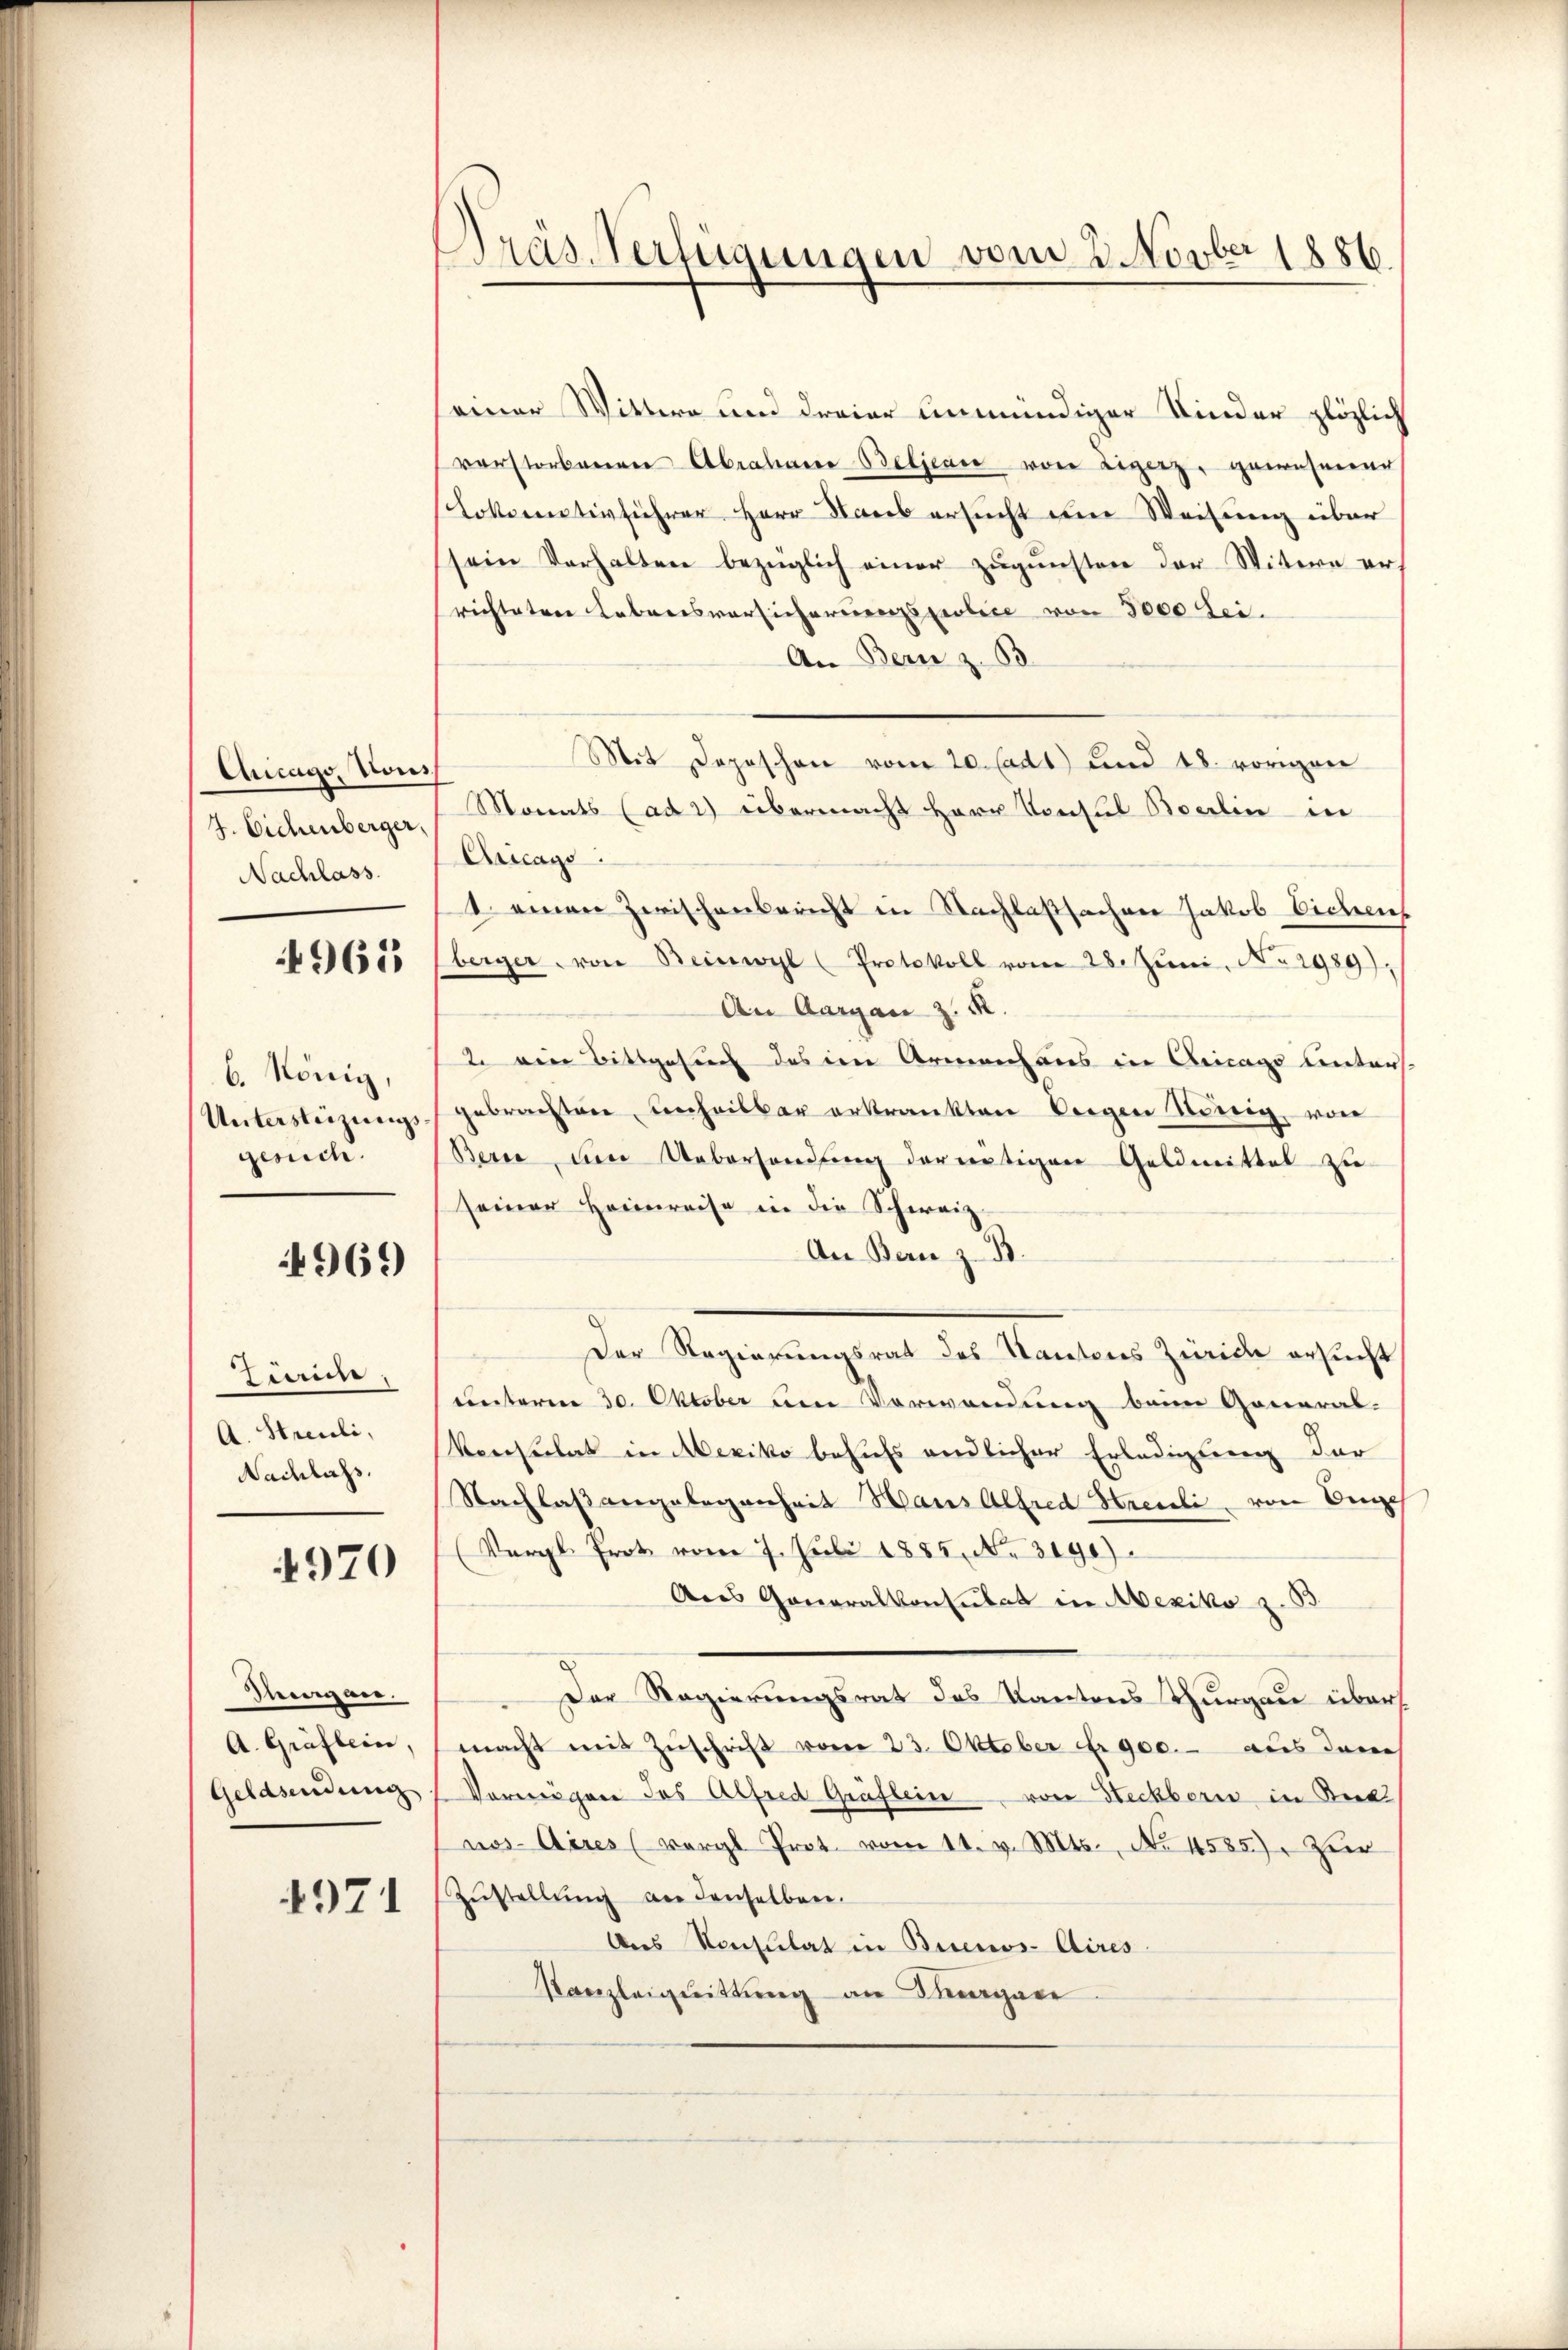
Chicago, Vous
7. Eichenberger,
Nachlass
4965

6. König,
Untersteizungsgesich

969

Zaun,
A. Streuli,
Nachlass.

4970

Sungen.
A. Gräflein,
Geldsendung

4971

Pras-Verfügungen vom 2. Novber 1886.

einer Wittwe und dreier unmündiger Kinder plözlich
verstorbenen Abrahane Beljeare von Ligenz, gewesener
Lokomotivführer Herr Narb ersucht um Weisung über
sein Verhalten bezüglich einer zugunsten der Witere er
richteten Lebensversicherungspolice von 3000 Sei¬
An Bern z. B.
Mit Depeschon vom 20. Cadt) und 18. vorigen
Monats (ad 2) übermacht Herr Konsul Boerlin in
Aricags
1. einen Zwischenbericht in Nachlassachen Jakob Eichen
berger von Beinwyl (Protokoll vom 28. Jŭni, No 2989);
An Aargau z. R.
2 eine Bittgesuch des im Armenhaus in Cricago unters
gebrachten unheilbar erkrankten beigen König, von
Berne um Uebersendung der nötigen Geldmittel zu
seiner Heimreise in die Schweiz.
An Bern z. B.
Der Regierungsrat des Kantons Zürich ersucht
unterm 30. Oktober um Verwendung beim General-
Versulat in Mexiko behufs endlicher Erledigung der
Nachlaßangelegenheit Haus Alfred Streuli von Die
(Vergl. Prot vom 7. Juli 1885. No 3190).
Aus Generalkonsulat in Mexiko z. B
Der Regierungsrat des Kantons Thurgau über
macht mit Zŭschrift vom 23. Oktober Fr. 900.- aus dem
Vermögen das Alfred Gräflein von Steckbern in Beck
nos Aires (vergl. Prot. vom 11. v. Mts., No 4585). Zur
Zŭstellŭng an denselben.
des Konsulat in Buenos-Aires
Kanzleiguittung an Mariare